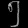
Digit: ၅